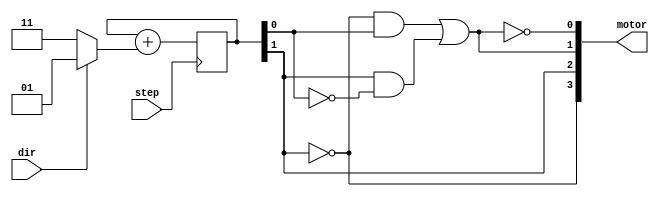

module stepper(input step, 
               input dir,
               output [3:0] motor);
  
  reg [1:0]state;
  
  assign motor[3] = ~state[1];
  assign motor[1] = (~state[1] && state[0]) || (state[1] && ~state[0]);

  assign motor[2] = ~motor[3];
  assign motor[0] = ~motor[1];

  always @(posedge step) begin
    state <= state + (dir ? 1 : -1);
  end
  
endmodule